Scottish Leaving Certificate Examination, 1958
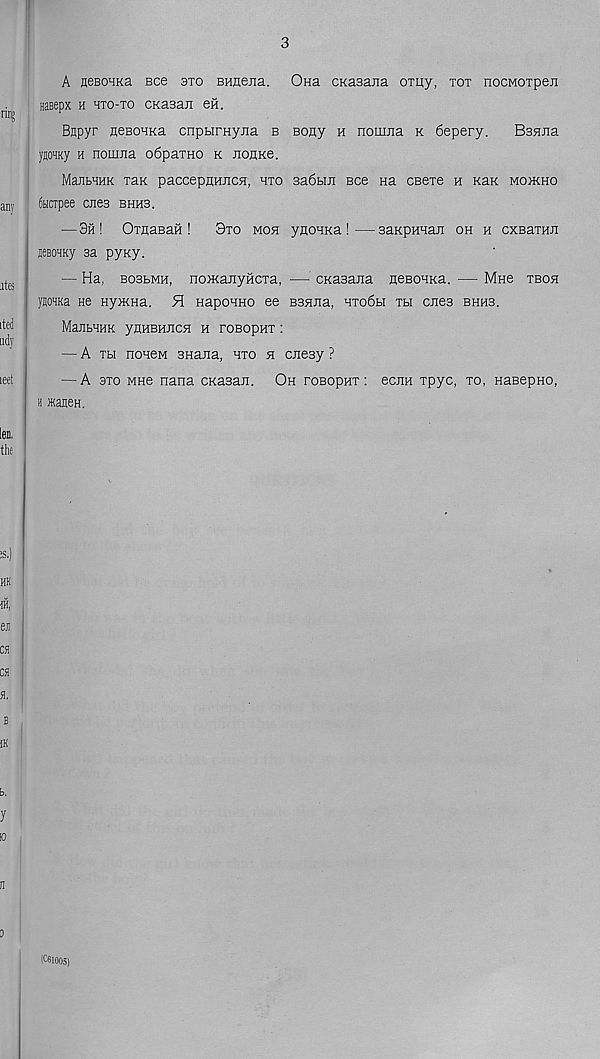
3
A neBOHKa Bee sto BHnena. Ona CKasana omy, tot nocMOTpeji
aaeepx h hto-to CKasan oh.
Bjipyr neBOHKa cnpbirHyjra b Bony h nomjia k 6epery.
BsaJia
yjo>JKy h nomna o6paTHO k JiOHKe.
MaJitHHK Tan paccepHHJicH, hto 3a6bm see na cseTe h KaK momho
6ticTpee cues bhhb.
— 3h ! OTnasaH !
3to moh ynoHKa !—saKpHaan oh h oxBaran
jSBOHKy sa pyxy.
— Ha, BosbMH, nomanyHCTa, — CKasana neBOHKa. — Mho tboh
yaoHKa ne Hy>KHa. H napoHHo ee BBHJia, hto6h tbi cues bhhb.
ManbHHK ynHBHJicsi h roBopuT:
— A Tbi noHOM BHana, hto h cjiesy ?
— A 3to mho nana CKaBaji. Oh fobopht : ecjiH Tpyc, to, Hasepno,
h *aneH.
Ksioos)